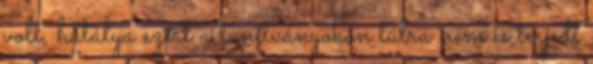
volt, hatálya ezért a tanítványokon túlra nem is terjedt